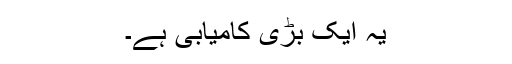
یہ ایک بڑی کامیابی ہے۔